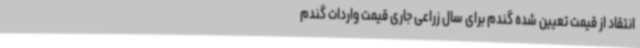
انتقاد از قیمت تعیین شده گندم برای سال زراعی جاری قیمت واردات گندم